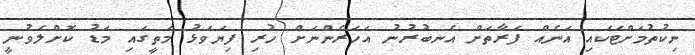
ނިކުތުމަށްޓަކައި އަނެއް ފަރާތަށް އެނބުރުނު އަހަރެންނަށް ހުރި ފިޔަވަޅު މަތީގައި މަޑު ކޮށްލެވުނީ